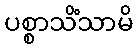
ပစ္စာသိံသာမိ